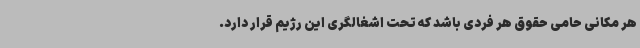
هر مکانی حامی حقوق هر فردی باشد که تحت اشغالگری این رژیم قرار دارد.